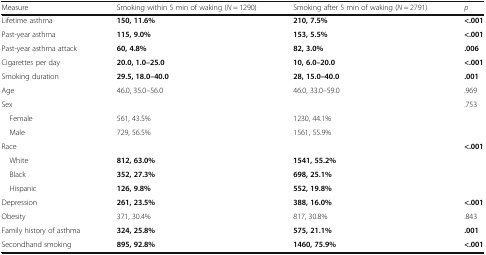
<table><thead><tr><td><b>Measure</b></td><td><b>Smoking within 5 min of waking (<i>N</i> = 1290)</b></td><td><b>Smoking after 5 min of waking (<i>N</i> = 2791)</b></td><td><b><i>p</i></b></td></tr></thead><tbody><tr><td>Lifetime asthma</td><td><b>150, 11.6%</b></td><td><b>210, 7.5%</b></td><td><b>&lt;.001</b></td></tr><tr><td>Past-year asthma</td><td><b>115, 9.0%</b></td><td><b>153, 5.5%</b></td><td><b>&lt;.001</b></td></tr><tr><td>Past-year asthma attack</td><td><b>60, 4.8%</b></td><td><b>82, 3.0%</b></td><td><b>.006</b></td></tr><tr><td>Cigarettes per day</td><td><b>20.0, 1.0–25.0</b></td><td><b>10, 6.0–20.0</b></td><td><b>&lt;.001</b></td></tr><tr><td>Smoking duration</td><td><b>29.5, 18.0–40.0</b></td><td><b>28, 15.0–40.0</b></td><td><b>.001</b></td></tr><tr><td>Age</td><td>46.0, 35.0–56.0</td><td>46.0, 33.0–59.0</td><td>.969</td></tr><tr><td>Sex</td><td></td><td></td><td>.753</td></tr><tr><td> Female</td><td>561, 43.5%</td><td>1230, 44.1%</td><td></td></tr><tr><td> Male</td><td>729, 56.5%</td><td>1561, 55.9%</td><td></td></tr><tr><td>Race</td><td></td><td></td><td><b>&lt;.001</b></td></tr><tr><td> White</td><td><b>812, 63.0%</b></td><td><b>1541, 55.2%</b></td><td></td></tr><tr><td> Black</td><td><b>352, 27.3%</b></td><td><b>698, 25.1%</b></td><td></td></tr><tr><td> Hispanic</td><td><b>126, 9.8%</b></td><td><b>552, 19.8%</b></td><td></td></tr><tr><td>Depression</td><td><b>261, 23.5%</b></td><td><b>388, 16.0%</b></td><td><b>&lt;.001</b></td></tr><tr><td>Obesity</td><td>371, 30.4%</td><td>817, 30.8%</td><td>.843</td></tr><tr><td>Family history of asthma</td><td><b>324, 25.8%</b></td><td><b>575, 21.1%</b></td><td><b>.001</b></td></tr><tr><td>Secondhand smoking</td><td><b>895, 92.8%</b></td><td><b>1460, 75.9%</b></td><td><b>&lt;.001</b></td></tr></tbody></table>